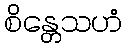
စိန္တေသဟံ